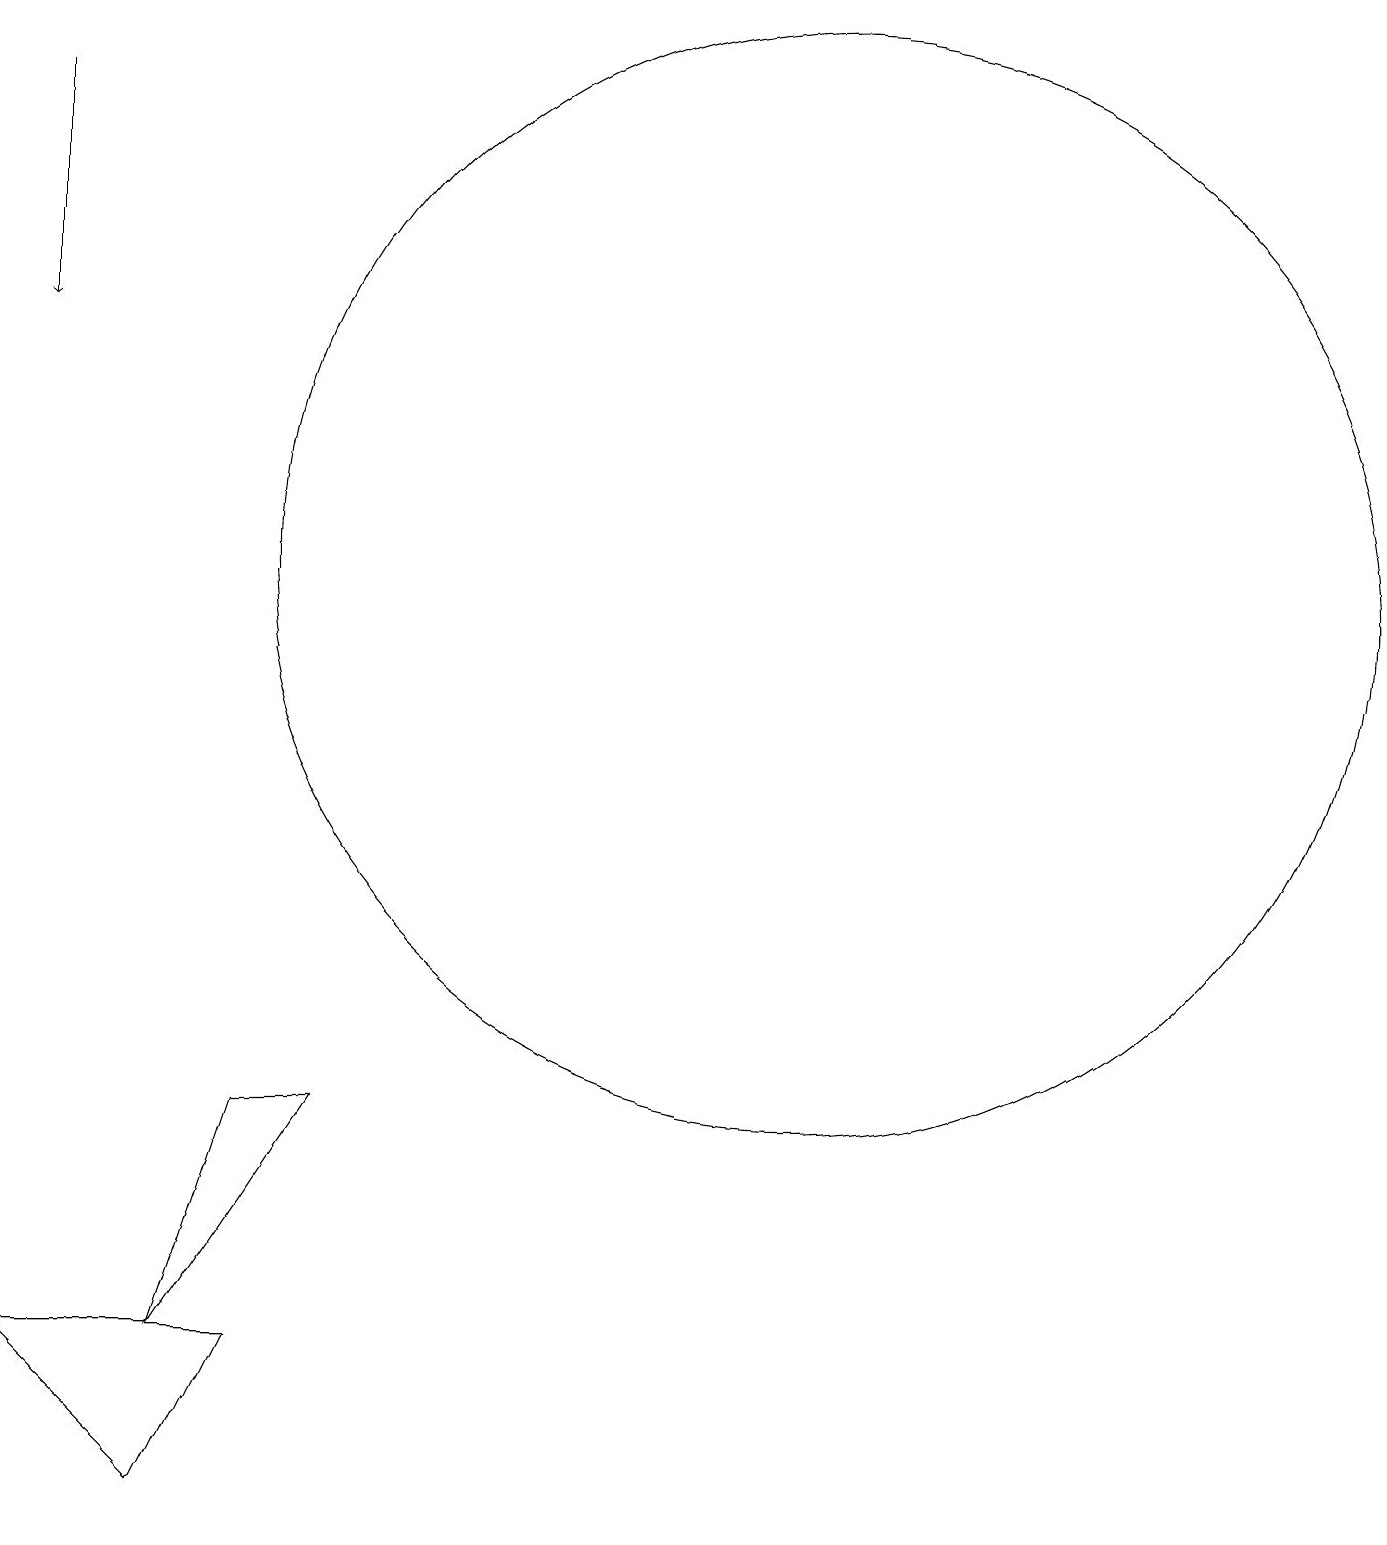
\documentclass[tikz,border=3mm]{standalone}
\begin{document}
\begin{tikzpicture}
\draw (4,5) -- (2,2) -- (3,5) -- cycle;
\draw (0,2) -- (2,0) -- (3,2) -- cycle;
\draw (10,12) circle (7);
\draw[->] (0,18) -- (0,15);
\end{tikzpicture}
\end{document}